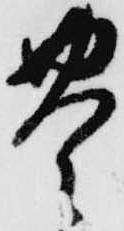
豊